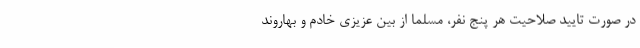
در صورت تایید صلاحیت هر پنج نفر، مسلما از بین عزیزی خادم و بهاروند